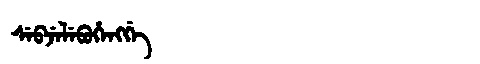
Manchu: ᠰᡝᠪᠵᡝᠯᡝᠪᡠᡥᡝᠩᡤᡝ
Romanization: SEBJELEBUHENGGE